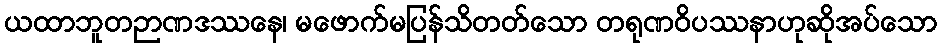
ယထာဘူတဉာဏဒဿနေ၊ မဖောက်မပြန်သိတတ်သော တရုဏဝိပဿနာဟုဆိုအပ်သော